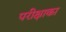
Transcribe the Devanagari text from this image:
परीक्षाका